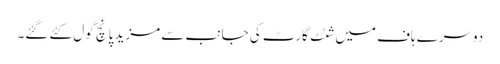
دوسرے ہاف میں شٹٹ گارٹ کی جانب سے مزید پانچ گول کئے گئے۔